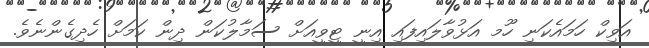
އަވިކް ހަމައެކަނި ހޫމ އަޅުވާލައިފައި އިނީ ޓީވީއަށް ސަމާލުކަން ދިން ކަމަށް ހެދިގެންނެވެ.